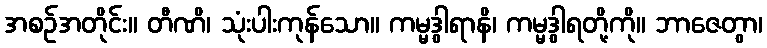
အစဉ်အတိုင်း။ တီဏိ၊ သုံးပါးကုန်သော။ ကမ္မဒွါရာနိ၊ ကမ္မဒွါရတို့ကို။ ဘာဇေတွာ၊